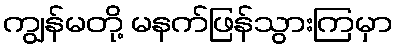
ကျွန်မတို့ မနက်ဖြန်သွားကြမှာ